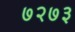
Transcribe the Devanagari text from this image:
७२७३